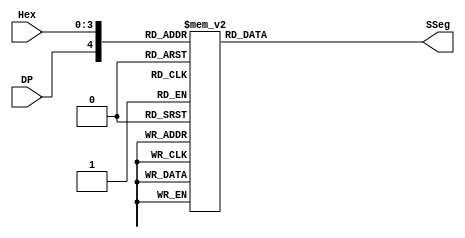
/************************************
*	Class:				Gr.3 CpE 3101L Introduction to HDL
*	Group/Schedule		Friday, 7:30 AM to 10:30 AM
*	Description: 		Hex_to_7seg_Decoder.v file
************************************/
module Hex_to_7seg_Decoder (
	input [3:0] Hex,
	input DP,
	output reg [7:0] SSeg
);
	always @(*)
	begin
		case ({DP, Hex})        
			// DP = Off
			5'b00000 : SSeg = 8'b11111111; // SSeg output = 0
			5'b00001 : SSeg = 8'b10011111; // SSeg output = 1	
			5'b00010 : SSeg = 8'b00100101; // SSeg output = 2
			5'b00011 : SSeg = 8'b00001101; // SSeg output = 3
			5'b00100 : SSeg = 8'b10011001; // SSeg output = 4
			5'b00101 : SSeg = 8'b01001001; // SSeg output = 5
			5'b00110 : SSeg = 8'b01000001; // SSeg output = 6
			5'b00111 : SSeg = 8'b00011111; // SSeg output = 7
			5'b01000 : SSeg = 8'b00000001; // SSeg output = 8
			5'b01001 : SSeg = 8'b00001001; // SSeg output = 9
			5'b01010 : SSeg = 8'b00010001; // SSeg output = A
			5'b01011 : SSeg = 8'b11000001; // SSeg output = B
			5'b01100 : SSeg = 8'b01100001; // SSeg output = C
			5'b01101 : SSeg = 8'b10000101; // SSeg output = D
			5'b01110 : SSeg = 8'b01100001; // SSeg output = E
			5'b01111 : SSeg = 8'b01110001; // SSeg output = F
			
			
			// DP = On
			5'b10000 : SSeg = 8'b11111110; // SSeg output = 0
			5'b10001 : SSeg = 8'b10011110; // SSeg output = 1	
			5'b10010 : SSeg = 8'b00100100; // SSeg output = 2
			5'b10011 : SSeg = 8'b00001100; // SSeg output = 3
			5'b10100 : SSeg = 8'b10011000; // SSeg output = 4
			5'b10101 : SSeg = 8'b01001000; // SSeg output = 5
			5'b10110 : SSeg = 8'b01000000; // SSeg output = 6
			5'b10111 : SSeg = 8'b00011110; // SSeg output = 7
			5'b11000 : SSeg = 8'b00000000; // SSeg output = 8
			5'b11001 : SSeg = 8'b00001000; // SSeg output = 9
			5'b11010 : SSeg = 8'b00010000; // SSeg output = A
			5'b11011 : SSeg = 8'b11000000; // SSeg output = B
			5'b11100 : SSeg = 8'b01100000; // SSeg output = C
			5'b11101 : SSeg = 8'b10000100; // SSeg output = D
			5'b11110 : SSeg = 8'b01100000; // SSeg output = E
			5'b11111 : SSeg = 8'b01110000; // SSeg output = F
		endcase
	end
endmodule